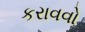
કરાવવો